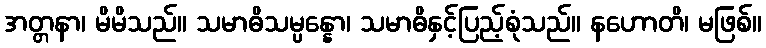
အတ္တနာ၊ မိမိသည်။ သမာဓိသမ္ပန္နော၊ သမာဓိနှင့်ပြည့်စုံသည်။ နဟောတိ၊ မဖြစ်။